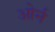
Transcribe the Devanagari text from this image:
ओर्न